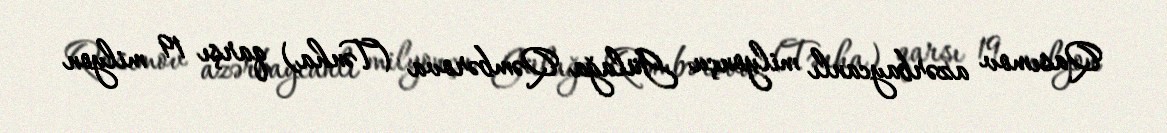
Qasımov azərbaycanlı milyonçu Gülağa Qəmbərova (Tənha) qarşı 19 milyon